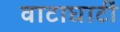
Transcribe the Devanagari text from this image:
वाटाघाटीं